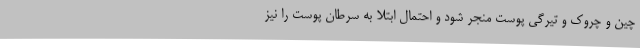
چین و چروک و تیرگی پوست منجر شود و احتمال ابتلا به سرطان پوست را نیز